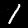
Label: 1